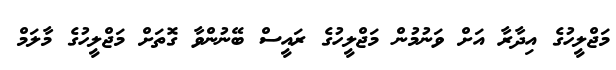
މަޖްލީހުގެ އިދާރާ އަށް ވަނުމުން މަޖްލީހުގެ ރައީސް ބޭނުންވާ ގޮތަށް މަޖްލީހުގެ މާލަމް